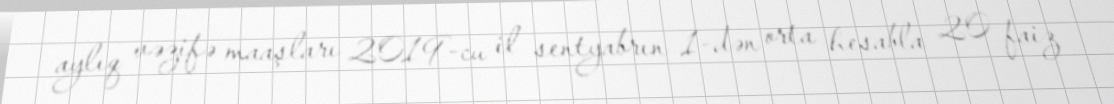
aylıq vəzifə maaşları 2019-cu il sentyabrın 1-dən orta hesabla 20 faiz